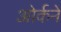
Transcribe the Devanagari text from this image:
ओर्कने